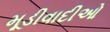
મૂડીવાદીઓ